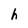
Character: h